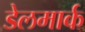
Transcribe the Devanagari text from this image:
डेलमार्क